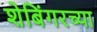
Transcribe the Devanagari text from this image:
शेबिंगरच्या